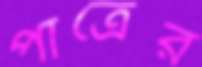
পাত্রের